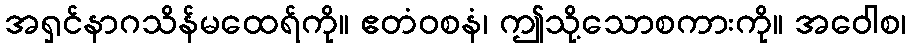
အရှင်နာဂသိန်မထေရ်ကို။ ဧတံဝစနံ၊ ဤသို့သောစကားကို။ အဝေါစ၊